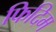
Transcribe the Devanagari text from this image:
फिदिम